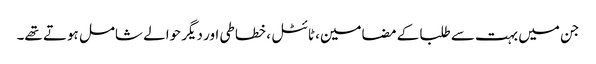
جن میں بہت سے طلبا کے مضامین، ٹائٹل ، خطاطی اور دیگر حوالے شامل ہوتے تھے۔